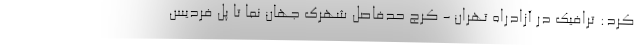
کرد: ترافیک در آزادراه تهران - کرج حدفاصل شهرک جهان نما تا پل فردیس